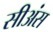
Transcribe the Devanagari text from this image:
सीअंस